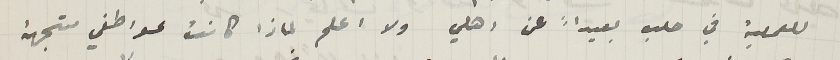
للعملية في حلب بعيداً عن اهلي ولا اعلم لماذا كانت عواطفي متجهة